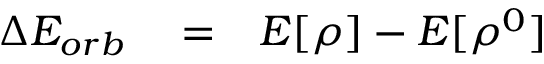
\begin{array} { r l r } { \Delta E _ { o r b } } & { { } = } & { E [ \rho ] - E [ \rho ^ { 0 } ] } \end{array}